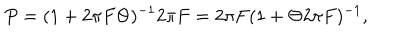
LaTeX: P = ( 1 + 2 \pi F \Theta ) ^ { - 1 } 2 \pi F = 2 \pi F ( 1 + \Theta 2 \pi F ) ^ { - 1 } ,